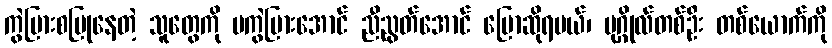
ကွဲပြားစပြုနေတဲ့ သူတွေကို မကွဲပြားအောင် ညီညွတ်အောင် ပြောဆိုရမယ်၊ ပုဂ္ဂိုလ်တစ်ဦး တစ်ယောက်ကို